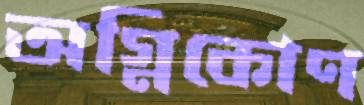
অগ্নিকোণ